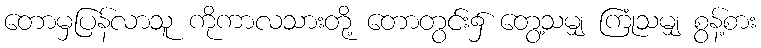
တောမှပြန်လာသူ ကိုကာလသားတို့ တောတွင်း၌ တွေ့သမျှ ကြုံသမျှ စွန့်စား